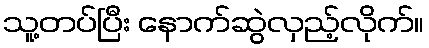
သူ့တပ်ပြီး နောက်ဆွဲလှည့်လိုက်။